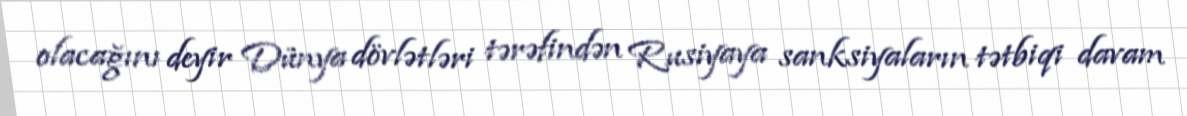
olacağını deyir Dünya dövlətləri tərəfindən Rusiyaya sanksiyaların tətbiqi davam